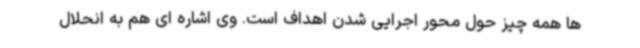
ها همه چیز حول محور اجرایی شدن اهداف است. وی اشاره ای هم به انحلال